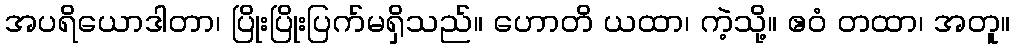
အပရိယောဒါတာ၊ ပြိုးပြိုးပြက်မရှိသည်။ ဟောတိ ယထာ၊ ကဲ့သို့။ ဧဝံ တထာ၊ အတူ။